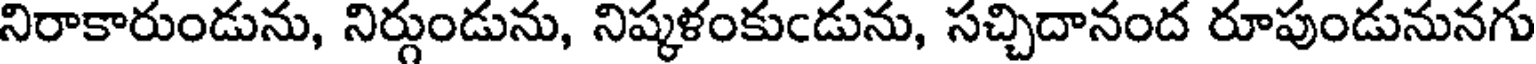
నిరాకారుండును, నిర్గుండును, నిష్కళంకుఁడును, సచ్చిదానంద రూపుండునునగు